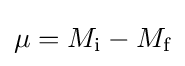
\mu =M_{\text{i}}-M_{\text{f}}